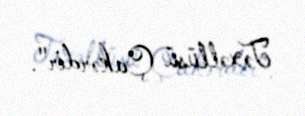
Təxəllüsü Çakərdir".